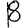
Digit: 8